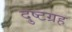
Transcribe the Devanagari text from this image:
दुष्टग्रह